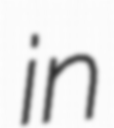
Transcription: in